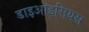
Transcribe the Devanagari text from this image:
डाइऑइसियस